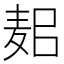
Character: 𪌛